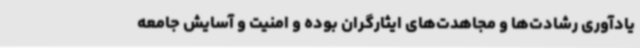
یادآوری رشادت‌ها و مجاهدت‌های ایثارگران بوده و امنیت و آسایش جامعه